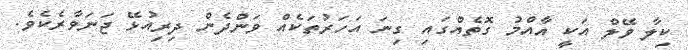
ކިލާ ވޭލް އަކީ އާއްމު ގޮތެއްގައި ގިނަ އަހަރުތަކެއް ވަންދެން ދިރިއުޅޭ ޖަނަވާރެކެވެ.